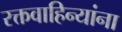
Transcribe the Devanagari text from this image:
रक्तवाहिन्यांना